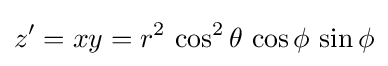
z'=xy=r^{2}\,\cos ^{2}\theta \,\cos \phi \,\sin \phi